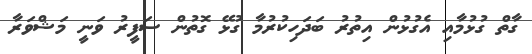
ގާތް ގުޅުމާއި އެގުޅުން އިތުރު ބަދަހިކުރުމާ ގުޅޭ ގޮތުން ސަފީރު ވަނީ މަޝްވަރާ